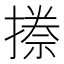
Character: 𭢏